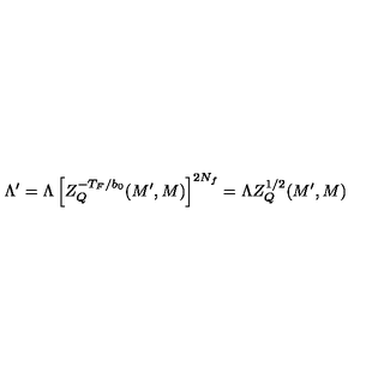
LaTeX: \Lambda ^ { \prime } = \Lambda \left[ Z _ { Q } ^ { - T _ { F } / b _ { 0 } } ( M ^ { \prime } , M ) \right] ^ { 2 N _ { f } } = \Lambda Z _ { Q } ^ { 1 / 2 } ( M ^ { \prime } , M )